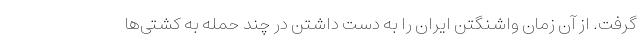
گرفت. از آن زمان واشنگتن ایران را به دست داشتن در چند حمله به کشتی‌ها